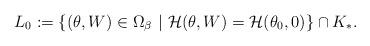
LaTeX: \begin{align*}L_{0}:=\{(\theta,W)\in \Omega_{\beta} \ | \ {\cal H}(\theta,W)={\cal H}(\theta_{0},0) \}\cap K_{\ast}.\end{align*}